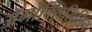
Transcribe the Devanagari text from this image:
ॲमोक्सिसिलिन